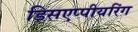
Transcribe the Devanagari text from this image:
डिसएप्पीयरिंग